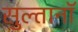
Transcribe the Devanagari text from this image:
सुल्तानॉ